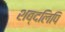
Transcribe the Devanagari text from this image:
शब्दलिपि